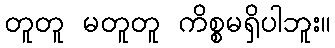
တူတူ မတူတူ ကိစ္စမရှိပါဘူး။